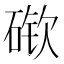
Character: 𰧎